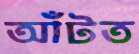
আঁটত